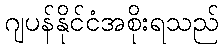
ဂျပန်နိုင်ငံအစိုးရသည်